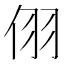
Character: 𪜹